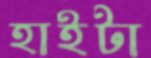
হাইটা